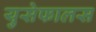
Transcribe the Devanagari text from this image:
युसेफालस